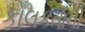
કોલકતાની